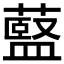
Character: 𫉶